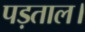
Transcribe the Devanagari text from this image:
पड़ताल।